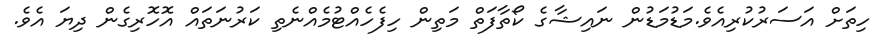
ހިތަށް އަސަރުކުރިއެވެ.މަޑުމަޑުން ނައިޝާގެ ކޯތާފަތް މަތިން ހިފެހެއްޓުމެއްނެތި ކަރުނަތައް އޮހޮރިގެން ދިޔަ އެވެ.